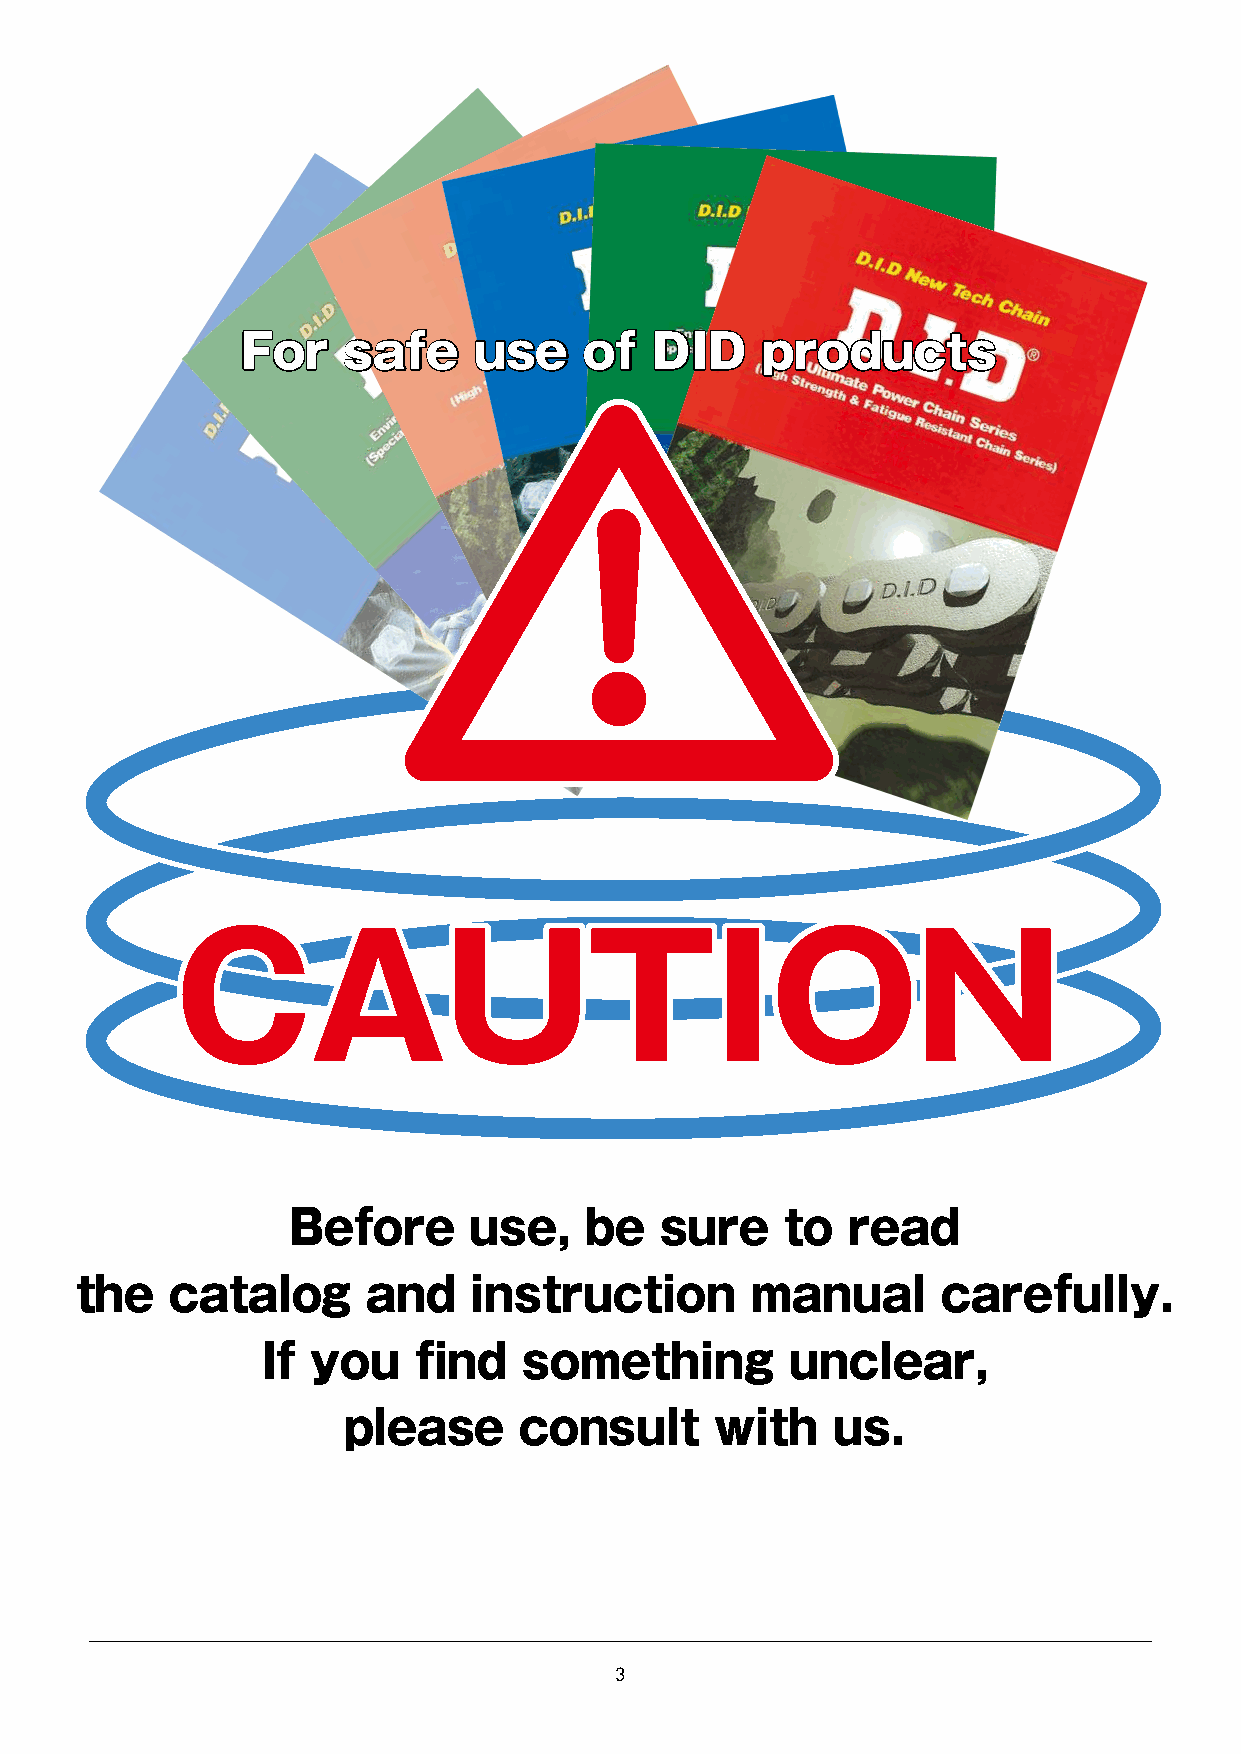
DID is a brand you can depend on.
 Certified Management System in Conformity
 with World Standards
 FFoorr ssaaffee uussee ooff DDIIDD pprroodduuccttss
 Quality assurance and environmental management system authorized by domestic and overseas standards.
 DID's Quality Assurance
 ¡Customer satisfaction is our priority.
 ¡All DAIDO members are committed to quality.
 ¡Quality control based on facts is assured.
 With activities based on these quality policies,
 All of our employees keep a copy of our
 our quality assurance system is internationally
 "Quality Control Practice Manual" at
 hand as their bible of quality control
 authorized to state that our products conform
 and refer to it during routine activities.
 to the ISO9000 series and API.
 CCAAUUTTIIOONN
 Before      use,    be   sure    to  read
 the   catalog      and    instruction        manual      carefully.
 If  you   find    something        unclear,
 ISO9001/2000 Certification Authorization by API ISO14001 Certification
 It is indispensable to obtain the certification The American oil industry applies rigid ISO14001 was established in 1996 by the please consult with us.
 of ISO9001/2000 for supplying products to quality control standards to all mechanical International Organization for Standardization, to set
 overseas markets - not only Europe and the parts used in oil field development and oil requirements for environmental management
 US but also other countries. Our entire refining. The organization that examines systems. In order to preserve the global environment,
 production system, including design, the conformity with their standards for reverse contamination and enhance the health of
 development, manufacturing, installation authorization is called API (American human beings and ecosystems, DAIDO declared our
 and technical assistance for all of our Petroleum Institute). policies for environmental preservation. As a result,
 products including various chains, conveyor Since receiving authorization from API in our management system for our activities, products
 systems and welfare equipment, has been 1972, we have been supplying DID roller and service for environmental protection was
 certified by the Japan Quality Assurance chains and sprockets to many companies certified by the organization. We have been engaged
 Organization (JQA). not only in the USA but also all over the in various activities for environmental preservation
 world under our rigid quality control system. and improvement, such as reduction of waste and
 classification of waste for recycling, in accordance
 with our environmental policies.         3